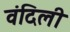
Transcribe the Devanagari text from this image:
वंदिली